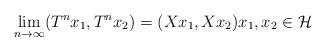
LaTeX: \begin{align*} \lim_{n\to\infty}(T^nx_1, T^nx_2)=(Xx_1,Xx_2) x_1,x_2\in\mathcal H \end{align*}